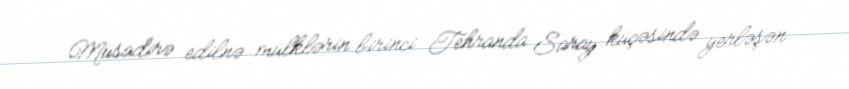
Müsadirə edilnə mülklərin birinci Tehranda Saray küçəsində yerləşən